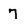
Character: 7